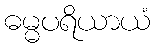
ဓမ္မပရိယာယံ